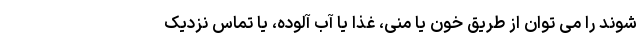
شوند را می توان از طریق خون یا منی، غذا یا آب آلوده، یا تماس نزدیک